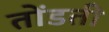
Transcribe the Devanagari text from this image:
तोंडती